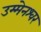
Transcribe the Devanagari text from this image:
उम्मेनश्वर